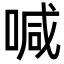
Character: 喊